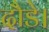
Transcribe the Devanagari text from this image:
दौडे।